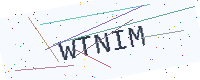
Text: WTNIM